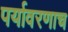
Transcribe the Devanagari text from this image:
पर्यावरणाच